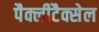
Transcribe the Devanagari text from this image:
पैक्लीटैक्सेल